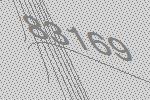
83169